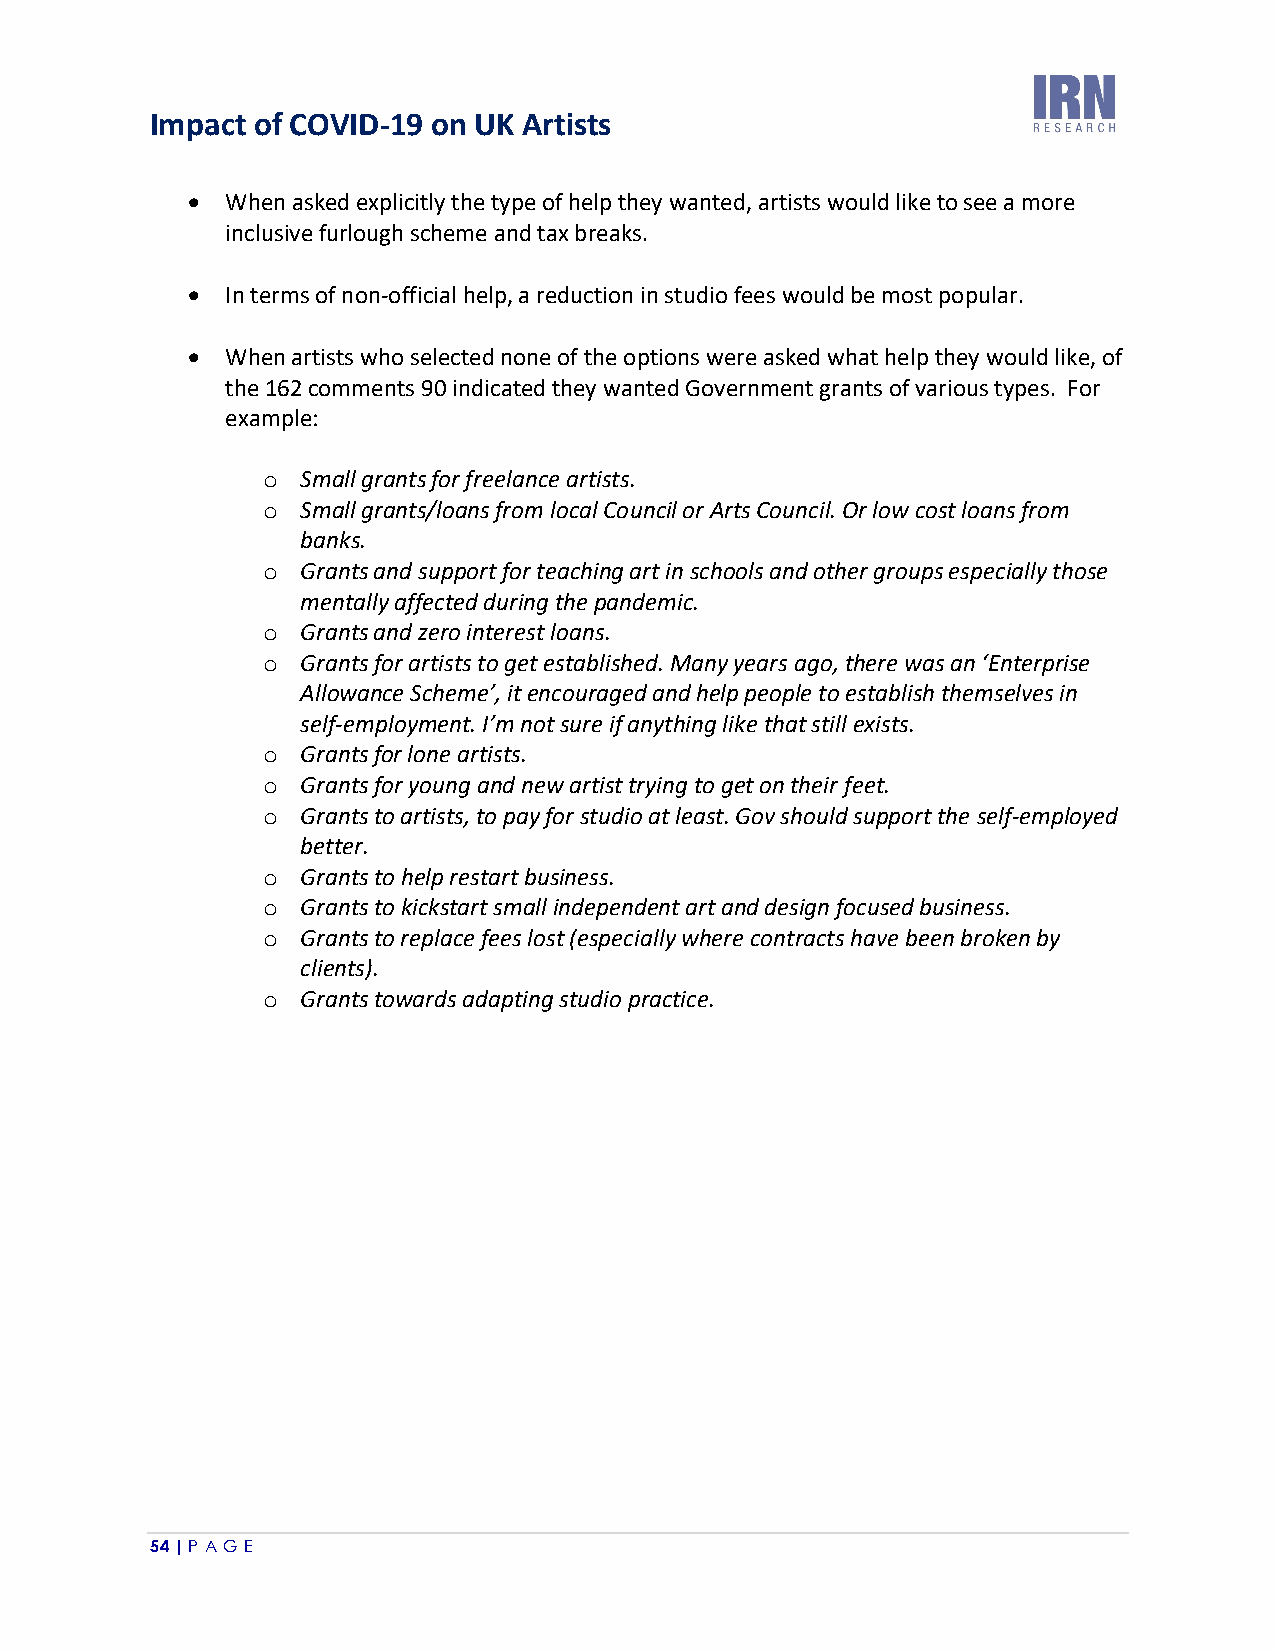
Impact of COVID-19 on UK Artists
 •  When asked explicitly the type of help they wanted, artists would like to see a more
 inclusive furlough scheme and tax breaks.
 •  In terms of non-official help, a reduction in studio fees would be most popular.
 •  When artists who selected none of the options were asked what help they would like, of
 the 162 comments 90 indicated they wanted Government grants of various types. For
 example:
 o  Small grants for freelance artists.
 o  Small grants/loans from local Council or Arts Council. Or low cost loans from
 banks.
 o  Grants and support for teaching art in schools and other groups especially those
 mentally affected during the pandemic.
 o  Grants and zero interest loans.
 o  Grants for artists to get established. Many years ago, there was an ‘Enterprise
 Allowance Scheme’, it encouraged and help people to establish themselves in
 self-employment. I’m not sure if anything like that still exists.
 o  Grants for lone artists.
 o  Grants for young and new artist trying to get on their feet.
 o  Grants to artists, to pay for studio at least. Gov should support the self-employed
 better.
 o  Grants to help restart business.
 o  Grants to kickstart small independent art and design focused business.
 o  Grants to replace fees lost (especially where contracts have been broken by
 clients).
 o  Grants towards adapting studio practice.
 54 | P A GE